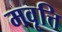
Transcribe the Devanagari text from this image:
मवृत्ति